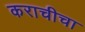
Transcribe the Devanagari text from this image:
कराचीचा